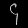
Digit: ၄